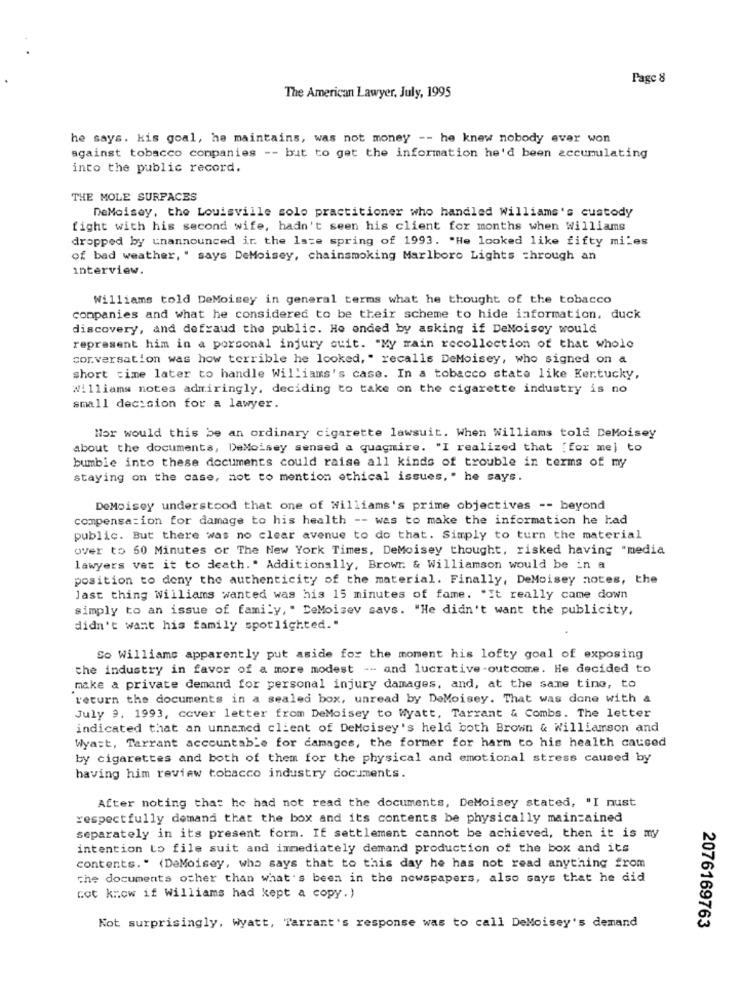
Page 8
The American Lawyer, July, 1995
he says. kis goal, ha maintains, was not money -- he knew nobody ever won
against tobacco companies -- but to get the information he'd been accumulating
into the public record.
THE MOLE SURFACES
DeMoisey, the Louisville solo practitioner who handled Williams's custody
fight with his second wife, hadn't seen his client for months when Williams
dropped by unannounced ir the late spring of 1993. "He looked like fifty miles
of bad weather, " says DeMoisey, chainsmoking Marlboro Lights through an
interview.
Williams told DeMoisey in general terms what he thought of the tobacco
companies and what he considered to be their scheme to hide information. duck
discovery, and defraud the public. He ended by asking if DeMoiscy would
represent him in a porconal injury ouit. "My main recollection of that whole
cor.versation was how terrible he looked, " recalls DeMoisey, who signed on a
short time later to handle Williams's case. In a tobacco state like Kertucky,
Williams notes admiringly, deciding to take on the cigarette industry is no
small decision for a lawyer.
Hor would this be an ordinary cigarette lawsuit. When Williams told DeMoisey
about the documents, DeMoisey sensed a quagmire. "I realized that [for me) to
bumble into these documents could raise all kinds of trouble in terms of my
staying on the case, not to mention ethical issues, " he says.
DeMoisey understood that one of Williams's prime objectives -- beyond
compensation for damage to his health -- was to make the information he had
public. But there was no clear avenue to do that. Simply to turn the material
over to 60 Minutes or The New York Times, DeMoisey thought, risked having "media
lawyers vet it to death .. Additionally, Browr. & Williamson would be in a
position to deny the authenticity of the material. Finally, DeMoisey notes, the
Jast thing Williams wanted was his 15 minutes of fame. "It really came down
simply to an issue of family, " DeMoisey says. "He didn't want the publicity,
didn't want his family spotlighted."
So Williams apparently put aside for the moment his lofty goal of exposing
the industry in favor of a more modest -- and lucrative-outcome. He decided to
make a private demand for personal injury damages, and, at the same tino, to
return the documents in a sealed box, unread by DeMoisey. That was done with &
July 9, 1993, cover letter from DeMoisey to Wyatt, Tarrant & Combs. The letter
indicated that an unnamed client of DeMcisey's held both Brown & Williamson and
Wya:t, Tarrant accountable for damages, the former for harm to his health caused
by cigarettes and both of them for the physical and emotional stress caused by
having him review tobacco industry documents.
After noting that he had not read the documents, DeMoisey stated, "I must
respectfully demand that the box and its contents be physically maintained
separately in its present form. If settlement cannot be achieved, then it is my
intention to file suit and immediately demand production of the box and its
contents. " (DeMoisey, who says that to this day he has not read anything from
che documents other than what's been in the newspapers, also says that he did
cot know if williams had kept a copy.)
2076169763
Kot surprisingly, Wyatt, Tarrant's response was to call DeMoisey's demand